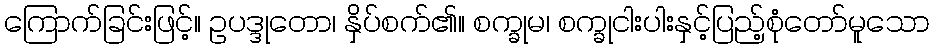
ကြောက်ခြင်းဖြင့်။ ဥပဒ္ဒုတော၊ နှိပ်စက်၏။ စက္ခုမ၊ စက္ခုငါးပါးနှင့်ပြည့်စုံတော်မူသော